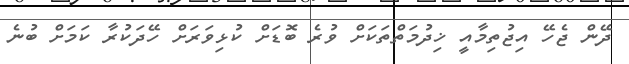
ދޭން ޖެހޭ އިޖުތިމާއީ ޚިދުމަތްތަކަށް ވުރެ ބޮޑަށް ކުޅިވަރަށް ހޭދަކުރާ ކަމަށް ބުނެ